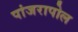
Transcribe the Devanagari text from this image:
पांजरापोल